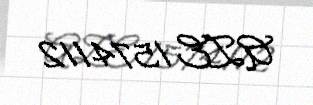
AZE 1574112